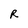
Character: R